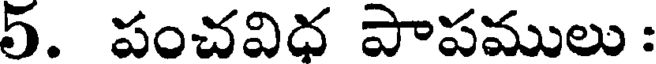
5. పంచవిధ పాపములు :